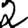
Digit: 2